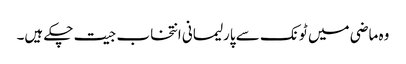
وہ ماضی میں ٹونک سے پارلیمانی انتخاب جیت چکے ہیں۔